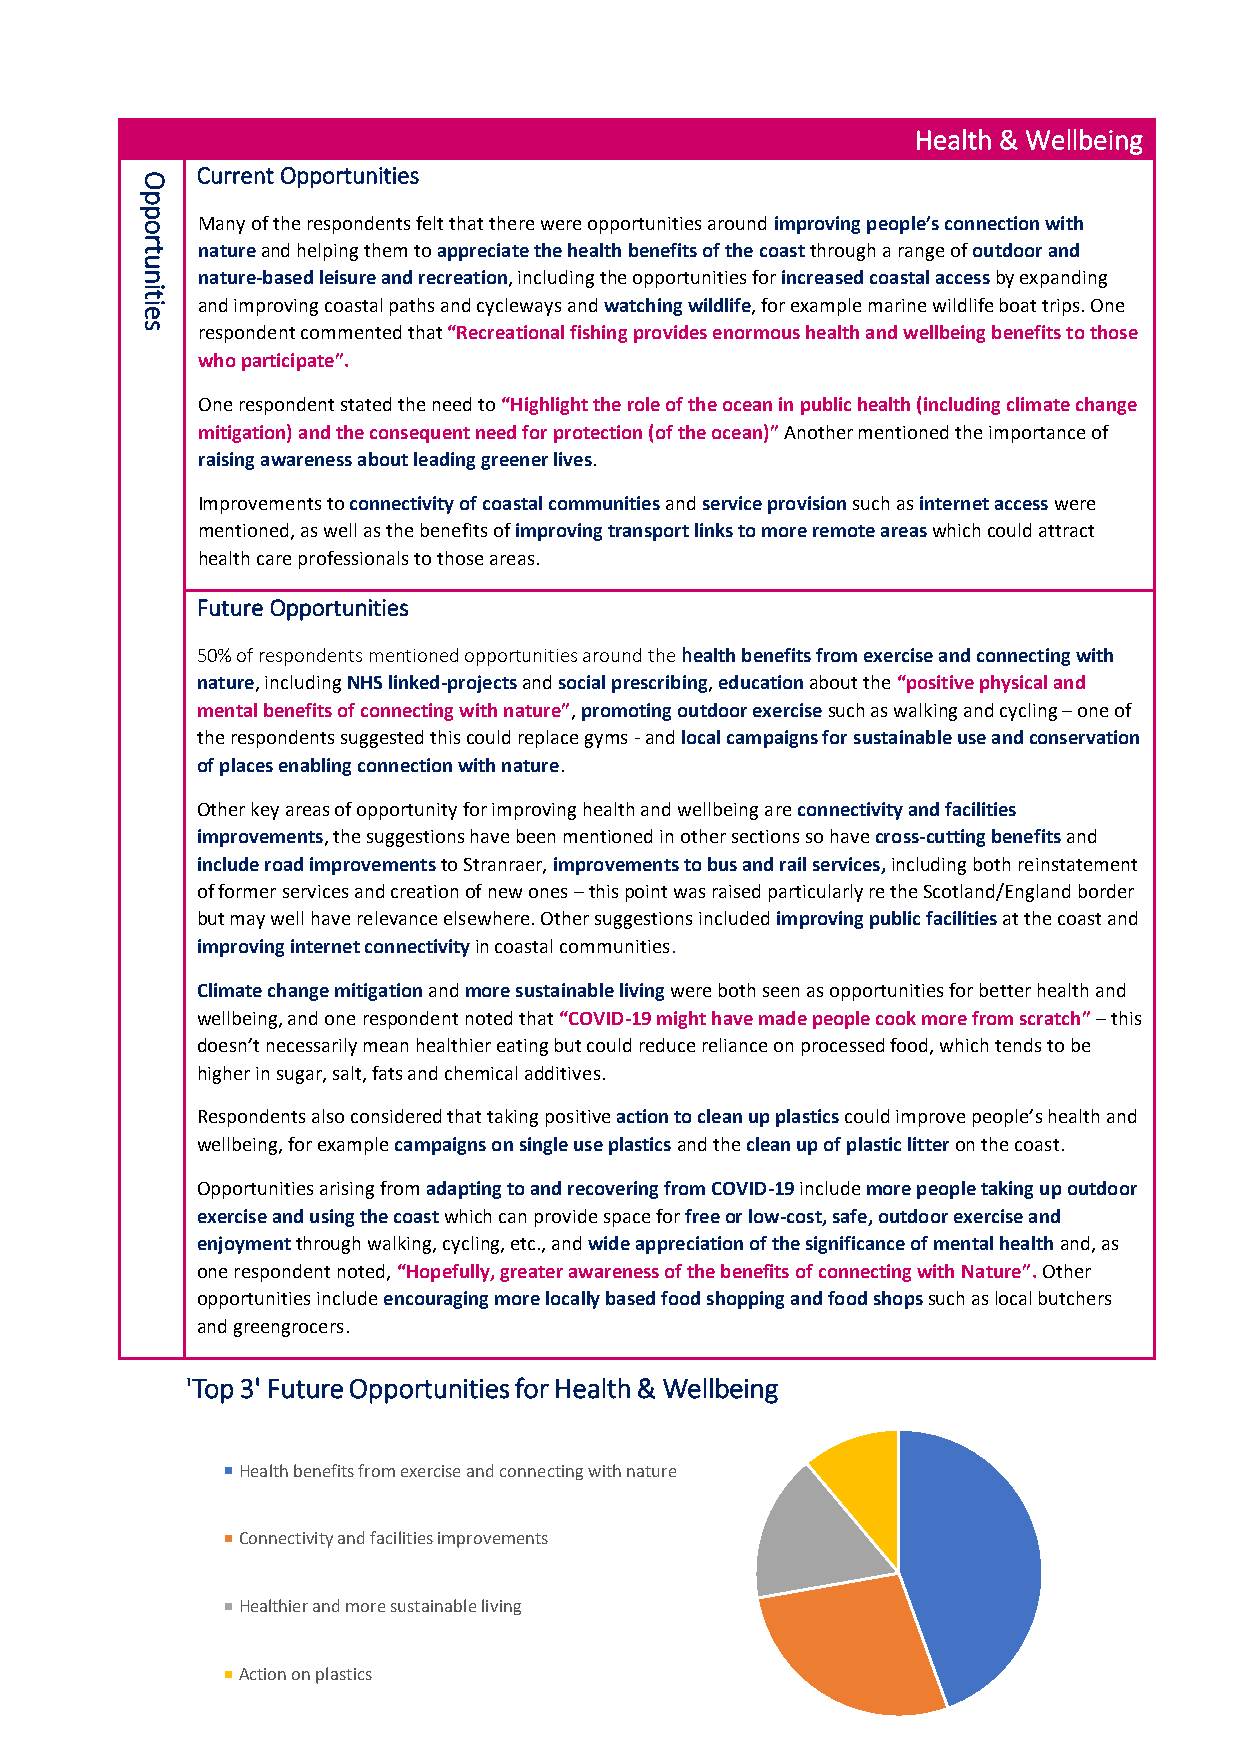
Health & Wellbeing
 O
 Current Opportunities
 p
 p
 o   Many of the respondents felt that there were opportunities around improving people’s connection with
 r
 t   nature and helping them to appreciate the health benefits of the coast through a range of outdoor and
 u
 n   nature-based leisure and recreation, including the opportunities for increased coastal access by expanding
 it
 ie  and improving coastal paths and cycleways and watching wildlife, for example marine wildlife boat trips. One
 s   respondent commented that “Recreational fishing provides enormous health and wellbeing benefits to those
 who participate”.
 One respondent stated the need to “Highlight the role of the ocean in public health (including climate change
 mitigation) and the consequent need for protection (of the ocean)” Another mentioned the importance of
 raising awareness about leading greener lives.
 Improvements to connectivity of coastal communities and service provision such as internet access were
 mentioned, as well as the benefits of improving transport links to more remote areas which could attract
 health care professionals to those areas.
 Future Opportunities
 50% of respondents mentioned opportunities around the health benefits from exercise and connecting with
 nature, including NHS linked-projects and social prescribing, education about the “positive physical and
 mental benefits of connecting with nature”, promoting outdoor exercise such as walking and cycling – one of
 the respondents suggested this could replace gyms - and local campaigns for sustainable use and conservation
 of places enabling connection with nature.
 Other key areas of opportunity for improving health and wellbeing are connectivity and facilities
 improvements, the suggestions have been mentioned in other sections so have cross-cutting benefits and
 include road improvements to Stranraer, improvements to bus and rail services, including both reinstatement
 of former services and creation of new ones – this point was raised particularly re the Scotland/England border
 but may well have relevance elsewhere. Other suggestions included improving public facilities at the coast and
 improving internet connectivity in coastal communities.
 Climate change mitigation and more sustainable living were both seen as opportunities for better health and
 wellbeing, and one respondent noted that “COVID-19 might have made people cook more from scratch” – this
 doesn’t necessarily mean healthier eating but could reduce reliance on processed food, which tends to be
 higher in sugar, salt, fats and chemical additives.
 Respondents also considered that taking positive action to clean up plastics could improve people’s health and
 wellbeing, for example campaigns on single use plastics and the clean up of plastic litter on the coast.
 Opportunities arising from adapting to and recovering from COVID-19 include more people taking up outdoor
 exercise and using the coast which can provide space for free or low-cost, safe, outdoor exercise and
 enjoyment through walking, cycling, etc., and wide appreciation of the significance of mental health and, as
 one respondent noted, “Hopefully, greater awareness of the benefits of connecting with Nature”. Other
 opportunities include encouraging more locally based food shopping and food shops such as local butchers
 and greengrocers.
 'Top 3' Future Opportunities for Health & Wellbeing
 Health benefits from exercise and connecting with nature
 Connectivity and facilities improvements
 Healthier and more sustainable living
 Action on plastics